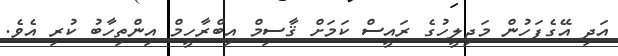
އަދި އޭގެފަހުން މަޖިލީހުގެ ރައީސް ކަމަށް ޤާސިމް އިބްރާހީމް އިންތިހާބު ކުރި އެވެ.